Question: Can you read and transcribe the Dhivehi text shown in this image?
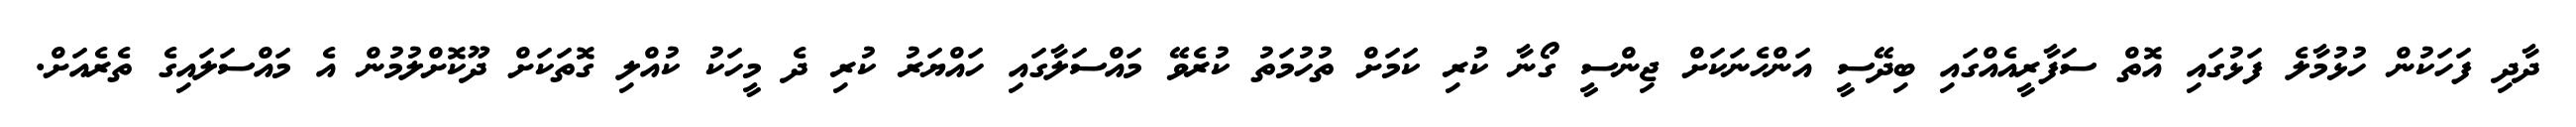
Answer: ދާދި ފަހަކުން ހުޅުމާލެ ފަޅުގައި އޮތް ސަފާރީއެއްގައި ބިދޭސީ އަންހެނަކަށް ޖިންސީ ގޯނާ ކުރި ކަމަށް ތުހުމަތު ކުރެވޭ މައްސަލާގައި ހައްޔަރު ކުރި ދެ މީހަކު ކުއްލި ގޮތަކަށް ދޫކޮށްލުމުން އެ މައްސަލައިގެ ތެރެއަށް.